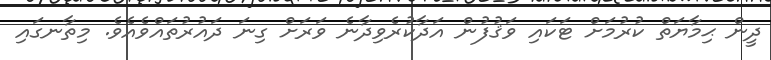
ދީން ޙިމާޔަތް ކުރުމަށް ޓަކައި ވަޤުފުން އަދާކުރެވިދާނެ ވަރަށް ގިނަ ދައުރުތައްވެއެވެ. މިތާނގައި